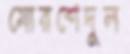
মোরশেদুল